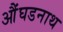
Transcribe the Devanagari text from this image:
औंघडनाथ